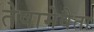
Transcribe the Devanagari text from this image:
तेषामेवैता